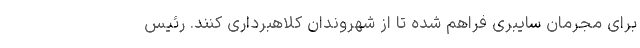
برای مجرمان سایبری فراهم‌ شده تا از شهروندان کلاهبرداری کنند. رئیس